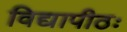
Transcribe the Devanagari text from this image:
विद्यापीठः